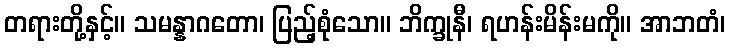
တရားတို့နှင့်။ သမန္နာဂတော၊ ပြည့်စုံသော။ ဘိက္ခုနီ၊ ရဟန်းမိန်းမကို။ အာဘတံ၊